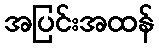
အပြင်းအထန်